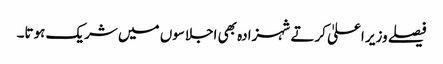
فیصلے وزیر اعلیٰ کرتے شہزادہ بھی اجلاسوں میں شریک ہوتا۔